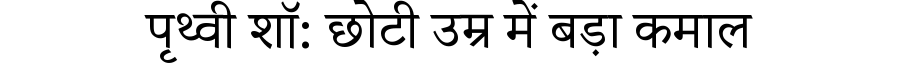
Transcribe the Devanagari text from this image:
पृथ्वी शॉ: छोटी उम्र में बड़ा कमाल